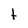
Character: t